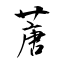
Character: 蓎